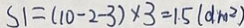
S 1 = ( 1 0 - 2 - 3 ) \times 3 = 1 . 5 ( d m ^ { 2 } )